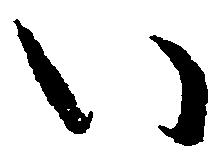
い